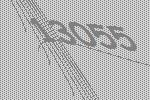
13055